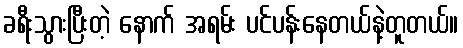
ခရီးသွားပြီးတဲ့ နောက် အရမ်း ပင်ပန်းနေတယ်နဲ့တူတယ်။